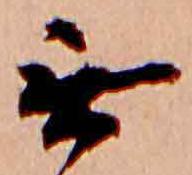
無